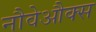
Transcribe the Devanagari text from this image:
नौवेऔक्स